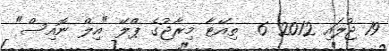
19 ޖުލައި 2012 6  ތިއޭޓާ މިރާޖުގެ ޕްލޭ "އިލް ނޮއިސް"